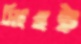
সিংহই